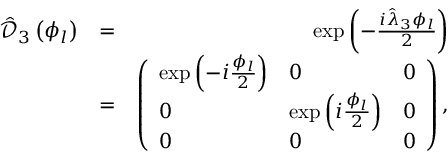
\begin{array} { r l r } { \hat { \mathcal D } _ { 3 } \left( \phi _ { l } \right) } & { = } & { \exp \left( - \frac { i \hat { \lambda } _ { 3 } \phi _ { l } } { 2 } \right) } \\ & { = } & { \left( \begin{array} { l l l } { \exp \left( - i \frac { \phi _ { l } } { 2 } \right) } & { 0 } & { 0 } \\ { 0 } & { \exp \left( i \frac { \phi _ { l } } { 2 } \right) } & { 0 } \\ { 0 } & { 0 } & { 0 } \end{array} \right) , } \end{array}